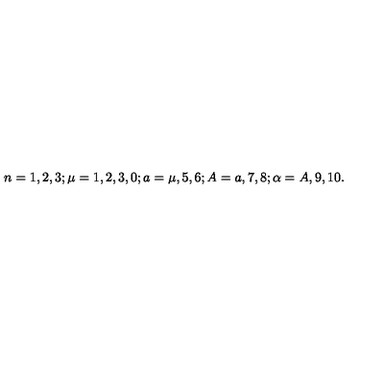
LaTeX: n = 1 , 2 , 3 ; \mu = 1 , 2 , 3 , 0 ; a = \mu , 5 , 6 ; A = a , 7 , 8 ; \alpha = A , 9 , 1 0 . \